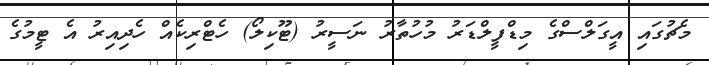
މެޗުގައި އީގަލްސްގެ މިޑްފީލްޑަރު މުހުތާރު ނަސީރު (ޓޫކިލޯ) ހެޓްރިކެއް ހެދިއިރު އެ ޓީމުގެ